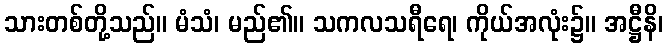
သားတစ်တို့သည်။ မံသံ၊ မည်၏။ သကလသရီရေ၊ ကိုယ်အလုံး၌။ အဋ္ဌီနိ၊